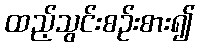
ထည့်သွင်းစဉ်းစား၍